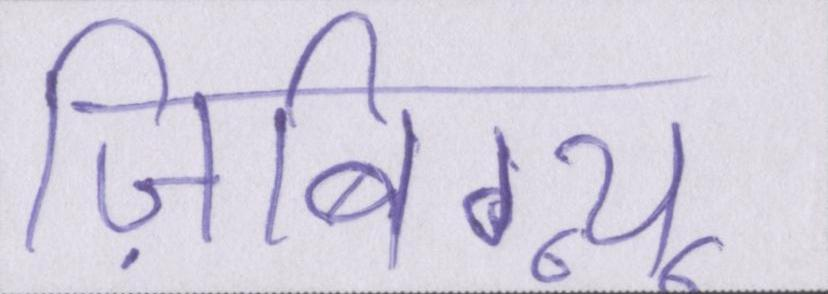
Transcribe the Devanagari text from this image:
ज़िबिग्न्यू